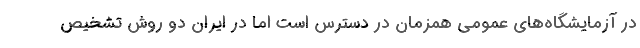
در آزمایشگاه‌های عمومی همزمان در دسترس است اما در ایران دو روش تشخیص